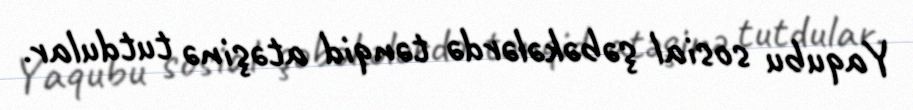
Yaqubu sosial şəbəkələrdə tənqid atəşinə tutdular.